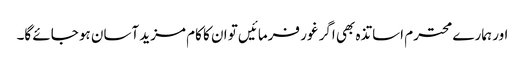
اور ہمارے محترم اساتذہ بھی اگر غور فرمائیں تو ان کا کام مزید آسان ہو جائے گا۔